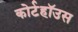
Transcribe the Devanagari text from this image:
कोर्टहॉउस